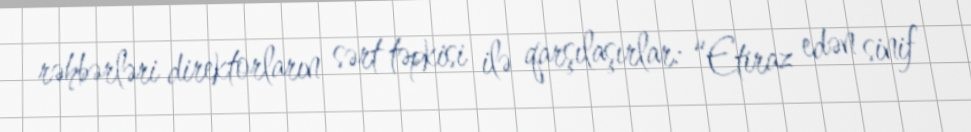
rəhbərləri direktorların sərt təpkisi ilə qarşılaşırlar: “Etiraz edən sinif